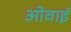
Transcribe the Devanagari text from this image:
ओवाई